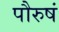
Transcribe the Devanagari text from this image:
पौरुषं